Mental hospitals Bombay report 1929-33 - 1929-1933
Year: 1929
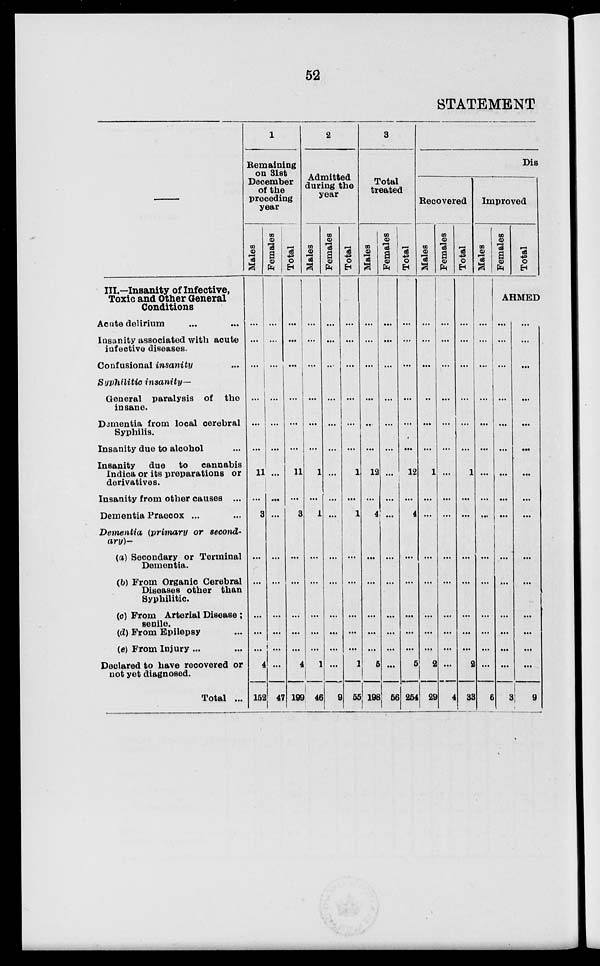
52
STATEMENT
III.—Insanity of Infective,
Toxic and Other General
Conditions
Acute delirium ... ...
Insanity associated with acute
infective diseases.
Confusional insanity ...
Syphilitic insanity—
General paralysis of the
insane.
Dementia from local cerebral
Syphilis.
Insanity due to alcohol ...
Insanity due to cannabis
Indica or its preparations or
derivatives.
Insanity from other causes ...
Dementia Praecox ... ...
Dementia (primary or second-
ary)—
(a) Secondary or Terminal
Dementia.
(b) From Organic Cerebral
Diseases other than
Syphilitic.
(c) From Arterial Disease ;
senile.
(d) From Epilepsy ...
(e) From Injury ... ...
Declared to have recovered or
not yet diagnosed.
Total ...
1
Remaining
on 31st
December
of the
preceding
year
Males
...
...
...
...
...
...
11
...
3
...
...
...
...
...
4
152
Females
...
...
...
...
...
...
...
...
...
...
...
...
...
...
...
47
Total
...
...
...
...
...
...
11
...
3
...
...
...
...
...
4
199
2
Admitted
during the
year
Males
...
...
...
...
...
...
1
...
1
...
...
...
...
...
1
46
Females
...
...
...
...
...
...
...
...
...
...
...
...
...
...
...
9
Total
...
...
...
...
...
...
1
...
1
...
...
...
...
...
1
55
3
Total
treated
Males
...
...
...
...
...
...
12
...
4
...
...
...
...
...
5
198
Females
...
...
...
...
...
...
...
...
...
...
...
...
...
...
...
56
Total
...
...
...
...
...
...
12
...
4
...
...
...
...
...
5
254
Dis
Recovered
Males
...
...
...
...
...
...
1
...
...
...
...
...
...
...
2
29
Females
...
...
...
...
...
...
...
...
...
...
...
...
...
...
...
4
Total
...
...
...
...
...
...
1
...
...
...
...
...
...
...
2
33
Improved
Males
...
...
...
...
...
...
...
...
...
...
...
...
...
...
...
6
Females
Total
AHMED
...
...
...
...
...
...
...
...
...
...
...
...
...
...
...
3
...
...
...
...
...
...
...
...
...
...
...
...
...
...
...
9